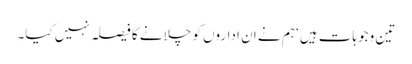
تین وجوہات ہیں‘ ہم نے ان اداروں کو چلانے کا فیصلہ نہیں کیا۔